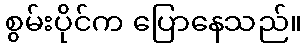
စွမ်းပိုင်က ပြောနေသည်။